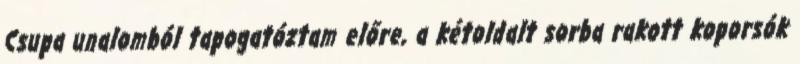
Csupa unalomból tapogatóztam előre, a kétoldalt sorba rakott koporsók